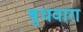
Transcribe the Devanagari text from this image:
बुधवारा